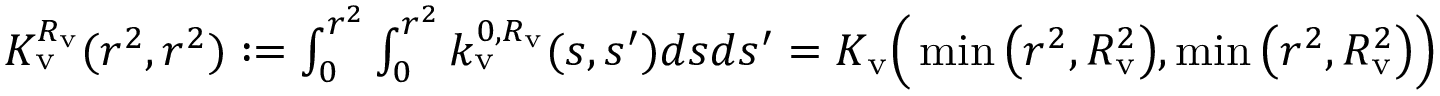
\begin{array} { r } { K _ { \mathrm { v } } ^ { R _ { \mathrm { v } } } ( r ^ { 2 } , r ^ { 2 } ) : = \int _ { 0 } ^ { r ^ { 2 } } \int _ { 0 } ^ { r ^ { 2 } } k _ { \mathrm { v } } ^ { 0 , R _ { \mathrm { v } } } ( s , s ^ { \prime } ) d s d s ^ { \prime } = K _ { \mathrm { v } } \Big ( \operatorname* { m i n } \big ( r ^ { 2 } , R _ { \mathrm { v } } ^ { 2 } \big ) , \operatorname* { m i n } \big ( r ^ { 2 } , R _ { \mathrm { v } } ^ { 2 } \big ) \Big ) } \end{array}